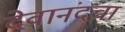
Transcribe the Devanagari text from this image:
देवानंदचा